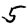
Digit: 5